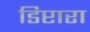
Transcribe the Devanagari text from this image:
डिप्टारा